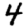
Digit: 4